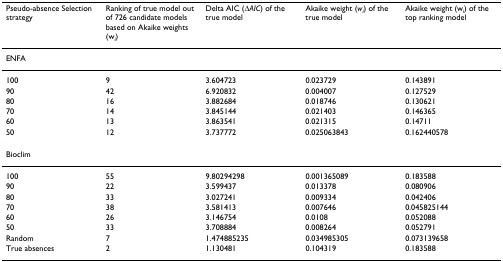
<table><thead><tr><td><b>Pseudo-absence Selection strategy</b></td><td><b>Ranking of true model out of 726 candidate models based on Akaike weights (w<sub><i>i</i></sub>)</b></td><td><b>Delta AIC (Δ<i>AIC</i>) of the true model</b></td><td><b>Akaike weight (<i>w</i><sub><i>i</i></sub>) of the true model</b></td><td><b>Akaike weight (w<sub><i>i</i></sub>) of the top ranking model</b></td></tr></thead><tbody><tr><td>ENFA</td><td></td><td></td><td></td><td></td></tr><tr><td>100</td><td>9</td><td>3.604723</td><td>0.023729</td><td>0.143891</td></tr><tr><td>90</td><td>42</td><td>6.920832</td><td>0.004007</td><td>0.127529</td></tr><tr><td>80</td><td>16</td><td>3.882684</td><td>0.018746</td><td>0.130621</td></tr><tr><td>70</td><td>14</td><td>3.845144</td><td>0.021403</td><td>0.146365</td></tr><tr><td>60</td><td>13</td><td>3.863541</td><td>0.021315</td><td>0.14711</td></tr><tr><td>50</td><td>12</td><td>3.737772</td><td>0.025063843</td><td>0.162440578</td></tr><tr><td>Bioclim</td><td></td><td></td><td></td><td></td></tr><tr><td>100</td><td>55</td><td>9.80294298</td><td>0.001365089</td><td>0.183588</td></tr><tr><td>90</td><td>22</td><td>3.599437</td><td>0.013378</td><td>0.080906</td></tr><tr><td>80</td><td>33</td><td>3.027241</td><td>0.009334</td><td>0.042406</td></tr><tr><td>70</td><td>38</td><td>3.581413</td><td>0.007646</td><td>0.045825144</td></tr><tr><td>60</td><td>26</td><td>3.146754</td><td>0.0108</td><td>0.052088</td></tr><tr><td>50</td><td>33</td><td>3.708884</td><td>0.008264</td><td>0.052791</td></tr><tr><td>Random</td><td>7</td><td>1.474885235</td><td>0.034985305</td><td>0.073139658</td></tr><tr><td>True absences</td><td>2</td><td>1.130481</td><td>0.104319</td><td>0.183588</td></tr></tbody></table>